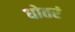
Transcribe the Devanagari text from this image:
धोतरं